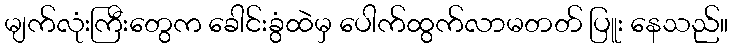
မျက်လုံးကြီးတွေက ခေါင်းခွံထဲမှ ပေါက်ထွက်လာမတတ် ပြူး နေသည်။